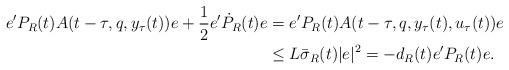
LaTeX: \begin{align*}e'P_{R}(t)A(t-\tau,q,y_{\tau}(t))e+\frac{1}{2}e'\dot{P}_{R}(t)e & =e'P_{R}(t)A(t-\tau,q,y_{\tau}(t),u_{\tau}(t))e \\& \le L\bar{\sigma}_{R}(t)|e|^2=-d_R(t)e'P_{R}(t)e.\end{align*}